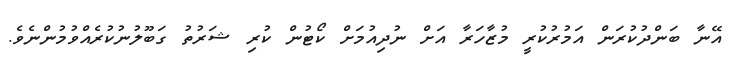
އޭނާ ބަންދުކުރަން އަމުރުކުރީ މުޒާހަރާ އަށް ނުދިއުމަށް ކޯޓުން ކުރި ޝަރުތު ގަބޫލުނުކުރެއްވުމުންނެވެ.